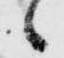
候